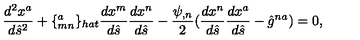
\frac { d ^ { 2 } x ^ { a } } { d \hat { s } ^ { 2 } } + \{ _ { m n } ^ { a } \} _ { h a t } \frac { d x ^ { m } } { d \hat { s } } \frac { d x ^ { n } } { d \hat { s } } - \frac { \psi _ { , n } } { 2 } ( \frac { d x ^ { n } } { d \hat { s } } \frac { d x ^ { a } } { d \hat { s } } - \hat { g } ^ { n a } ) = 0 ,